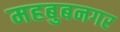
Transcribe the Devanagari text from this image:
महबुबनगर